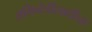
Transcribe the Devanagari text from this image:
अभिनेत्रीसाठीचा